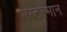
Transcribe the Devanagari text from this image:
एस्टरमान